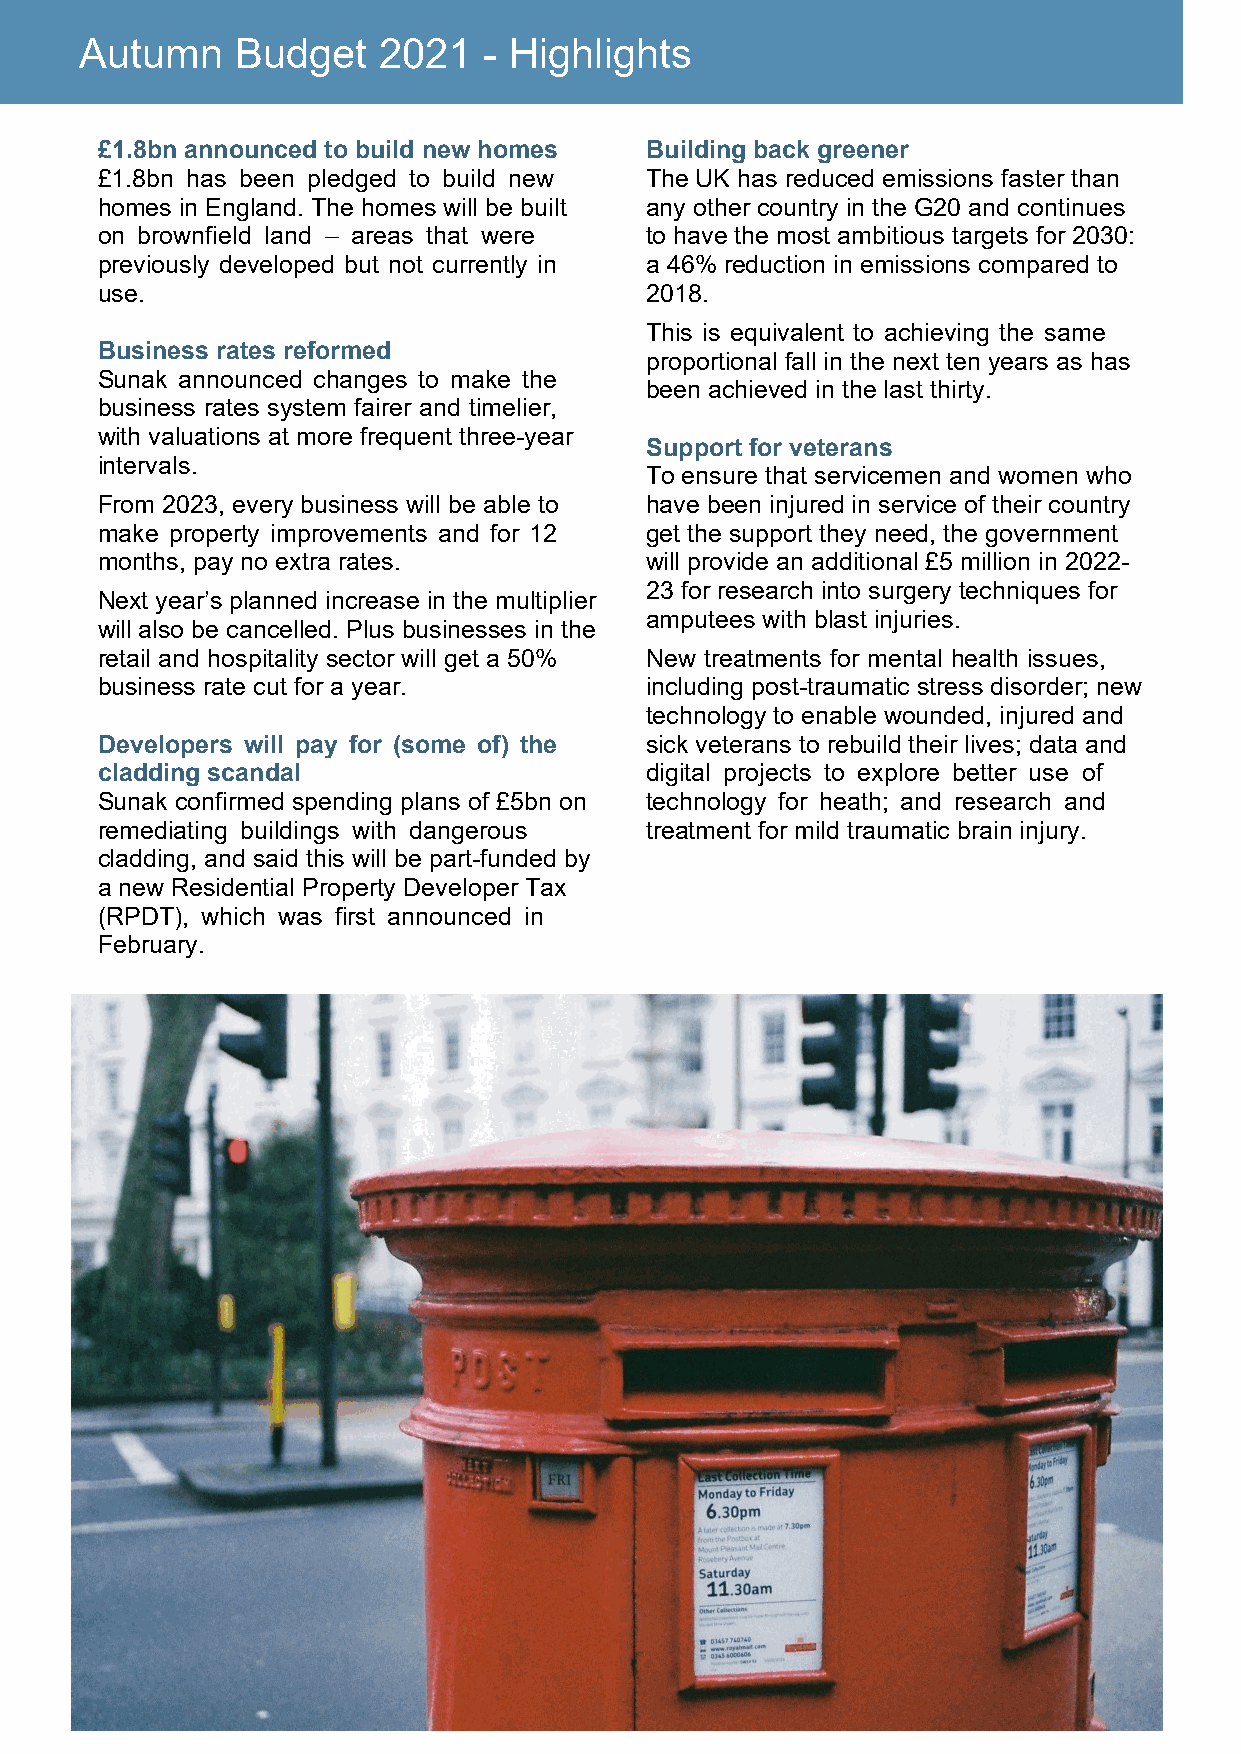
Autumn     Budget   2021   - Highlights
 £1.8bn announced to build new homes  Building back greener
 £1.8bn has been pledged to build new The UK has reduced emissions faster than
 homes in England. The homes will be built any other country in the G20 and continues
 on brownfield land – areas that were to have the most ambitious targets for 2030:
 previously developed but not currently in a 46% reduction in emissions compared to
 use.                                 2018.
 This is equivalent to achieving the same
 Business rates reformed
 proportional fall in the next ten years as has
 Sunak announced changes to make the
 been achieved in the last thirty.
 business rates system fairer and timelier,
 with valuations at more frequent three-year
 Support for veterans
 intervals.
 To ensure that servicemen and women who
 From 2023, every business will be able to have been injured in service of their country
 make property improvements and for 12 get the support they need, the government
 months, pay no extra rates.          will provide an additional £5 million in 2022-
 23 for research into surgery techniques for
 Next year’s planned increase in the multiplier
 amputees with blast injuries.
 will also be cancelled. Plus businesses in the
 retail and hospitality sector will get a 50% New treatments for mental health issues,
 business rate cut for a year.        including post-traumatic stress disorder; new
 technology to enable wounded, injured and
 Developers will pay for (some of) the sick veterans to rebuild their lives; data and
 cladding scandal                     digital projects to explore better use of
 Sunak confirmed spending plans of £5bn on technology for heath; and research and
 remediating buildings with dangerous treatment for mild traumatic brain injury.
 cladding, and said this will be part-funded by
 a new Residential Property Developer Tax
 (RPDT), which was first announced in
 February.